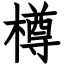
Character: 樽